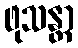
ဖုသန္တာ